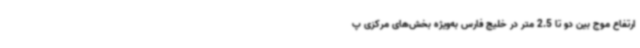
ارتفاع موج بین دو تا 2.5 متر در خلیج فارس به‌ویژه بخش‌های مرکزی پ